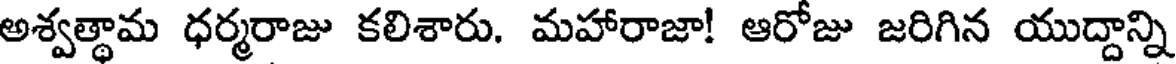
అశ్వత్థామ ధర్మరాజు కలిశారు. మహారాజా! ఆరోజు జరిగిన యుద్దాన్ని